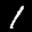
Label: 1